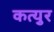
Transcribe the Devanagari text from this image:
कत्युर